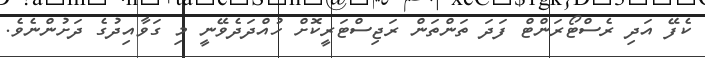
ކެފޭ އަދި ރެސްޓޯރަންޓް ފަދަ ތަންތަން ރަޖިސްޓަރީކޮށް ހުއްދަދެވޭނީ މި ގަވާއިދުގެ ދަށުންނެވެ.